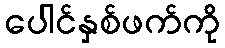
ပေါင်နှစ်ဖက်ကို